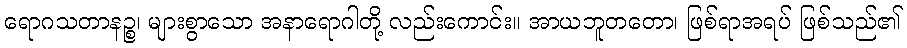
ရောဂသတာနဉ္စ၊ များစွာသော အနာရောဂါတို့ လည်းကောင်း။ အာယဘူတတော၊ ဖြစ်ရာအရပ် ဖြစ်သည်၏